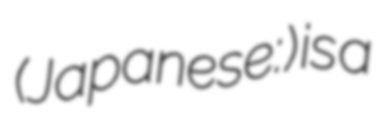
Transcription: (Japanese: ミント) is a